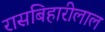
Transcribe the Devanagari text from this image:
रासबिहारीलाल